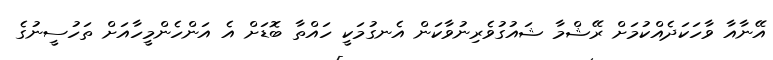
އޭނާއާ ވާހަކަދެއްކުމަށް ރޭޝްމާ ޝައުގުވެރިނުވާކަން އެނގުމަކީ ހައްތާ ބޮޑަށް އެ އަންހެންމީހާއަށް ތަހުސީނުގެ